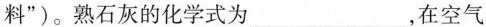
料”)。熟石灰的化学式为___，在空气